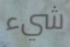
شيء